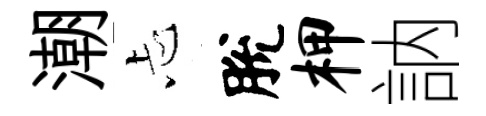
潮忐脫柙訥